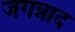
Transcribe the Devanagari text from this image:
जगन्नाद